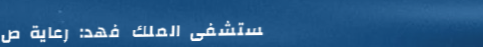
مستشفى الملك فهد: رعاية ص